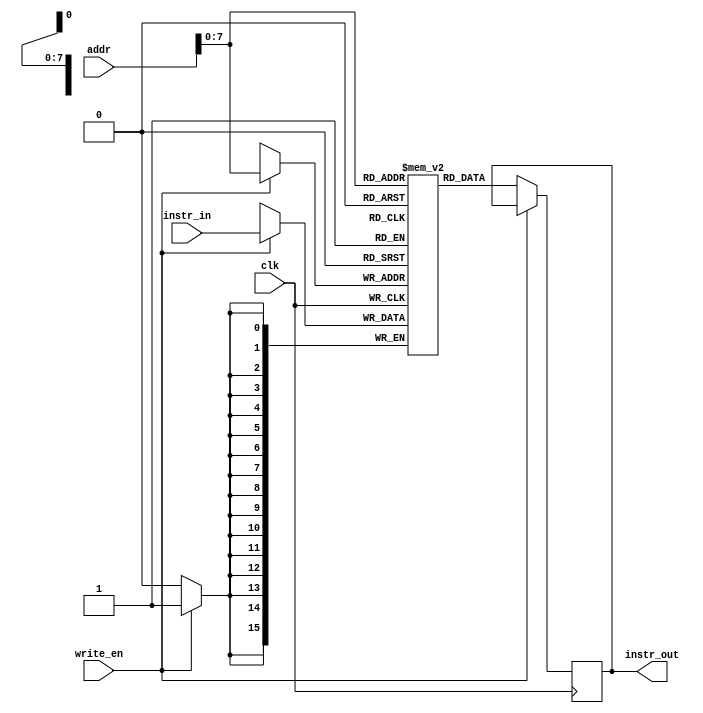
module instr_memory(
    input             clk, write_en,
    input      [15:0] addr, instr_in,
    output reg [15:0] instr_out
    );
    
    reg [15:0] ram [180:0];
    
    initial begin
	ram[0] = 8'd38;
	ram[1] = 16'd257;
	ram[2] = 8'd9;
	ram[3] = 8'd16;
	ram[4] = 8'd4;
	ram[5] = 8'd8;
	ram[6] = 8'd38;
	ram[7] = 8'd2;
	ram[8] = 8'd29;
	ram[9] = 8'd12;
	ram[10] = 8'd38;
	ram[11] = 8'd1;
	ram[12] = 8'd8;
	ram[13] = 8'd16;
	ram[14] = 8'd25;
	ram[15] = 8'd4;
	ram[16] = 8'd13;
	ram[17] = 8'd16;
	ram[18] = 8'd27;
	ram[19] = 8'd4;
	ram[20] = 8'd8;
	ram[21] = 8'd20;
	ram[22] = 8'd25;
	ram[23] = 8'd13;
	ram[24] = 8'd38;
	ram[25] = 16'd256;
	ram[26] = 8'd8;
	ram[27] = 8'd16;
	ram[28] = 8'd25;
	ram[29] = 8'd4;
	ram[30] = 8'd8;
	ram[31] = 8'd20;
	ram[32] = 8'd25;
	ram[33] = 8'd13;
	ram[34] = 8'd38;
	ram[35] = 16'd256;
	ram[36] = 8'd8;
	ram[37] = 8'd16;
	ram[38] = 8'd27;
	ram[39] = 8'd4;
	ram[40] = 8'd8;
	ram[41] = 8'd20;
	ram[42] = 8'd25;
	ram[43] = 8'd8;
	ram[44] = 8'd38;
	ram[45] = 8'd1;
	ram[46] = 8'd29;
	ram[47] = 8'd8;
	ram[48] = 8'd19;
	ram[49] = 8'd25;
	ram[50] = 8'd12;
	ram[51] = 8'd38;
	ram[52] = 16'd257;
	ram[53] = 8'd8;
	ram[54] = 8'd16;
	ram[55] = 8'd25;
	ram[56] = 8'd4;
	ram[57] = 8'd13;
	ram[58] = 8'd16;
	ram[59] = 8'd27;
	ram[60] = 8'd4;
	ram[61] = 8'd8;
	ram[62] = 8'd20;
	ram[63] = 8'd25;
	ram[64] = 8'd13;
	ram[65] = 8'd38;
	ram[66] = 8'd255;
	ram[67] = 8'd8;
	ram[68] = 8'd16;
	ram[69] = 8'd25;
	ram[70] = 8'd4;
	ram[71] = 8'd8;
	ram[72] = 8'd20;
	ram[73] = 8'd25;
	ram[74] = 8'd13;
	ram[75] = 8'd38;
	ram[76] = 8'd255;
	ram[77] = 8'd8;
	ram[78] = 8'd16;
	ram[79] = 8'd27;
	ram[80] = 8'd4;
	ram[81] = 8'd8;
	ram[82] = 8'd20;
	ram[83] = 8'd25;
	ram[84] = 8'd8;
	ram[85] = 8'd19;
	ram[86] = 8'd25;
	ram[87] = 8'd8;
	ram[88] = 8'd38;
	ram[89] = 8'd4;
	ram[90] = 8'd31;
	ram[91] = 8'd12;
	ram[92] = 8'd38;
	ram[93] = 16'd257;
	ram[94] = 8'd8;
	ram[95] = 8'd16;
	ram[96] = 8'd27;
	ram[97] = 8'd14;
	ram[98] = 8'd19;
	ram[99] = 8'd22;
	ram[100] = 8'd38;
	ram[101] = 16'd65278;
	ram[102] = 8'd8;
	ram[103] = 8'd16;
	ram[104] = 8'd27;
	ram[105] = 8'd41;
	ram[106] = 8'd127;
//	ram[106] = 8'd126;
	ram[107] = 8'd38;
	ram[108] = 8'd253;
	ram[109] = 8'd8;
	ram[110] = 8'd17;
	ram[111] = 8'd27;
	ram[112] = 8'd41;
	ram[113] = 8'd118;
	ram[114] = 8'd35;
	ram[115] = 8'd36;
	ram[116] = 8'd49;
	ram[117] = 8'd3;
	ram[118] = 8'd35;
	ram[119] = 8'd35;
	ram[120] = 8'd35;
	ram[121] = 8'd38;
	ram[122] = 8'd0;
	ram[123] = 8'd10;
	ram[124] = 8'd49;
	ram[125] = 8'd3;
	ram[126] = 8'd51;
	ram[127] = 8'd38;
	ram[128] = 8'd0;
	ram[129] = 8'd9;
	ram[130] = 8'd10;
	ram[131] = 8'd11;
	ram[132] = 8'd16;
	ram[133] = 8'd4;
	ram[134] = 8'd12;
	ram[135] = 8'd18;
	ram[136] = 8'd14;
	ram[137] = 8'd19;
	ram[138] = 8'd22;
	ram[139] = 8'd16;
	ram[140] = 8'd8;
	ram[141] = 8'd38;
	ram[142] = 16'd65278;
	ram[143] = 8'd27;
	ram[144] = 8'd41;
	ram[145] = 8'd172;
	ram[146] = 8'd17;
	ram[147] = 8'd8;
	ram[148] = 8'd38;
	ram[149] = 8'd254;
	ram[150] = 8'd27;
	ram[151] = 8'd41;
	ram[152] = 8'd160;
	ram[153] = 8'd36;
	ram[154] = 8'd36;
	ram[155] = 8'd35;
	ram[156] = 8'd35;
	ram[157] = 8'd37;
	ram[158] = 8'd49;
	ram[159] = 8'd132;
	ram[160] = 8'd38;
	ram[161] = 8'd0;
	ram[162] = 8'd10;
	ram[163] = 8'd38;
	ram[164] = 16'd258;
	ram[165] = 8'd8;
	ram[166] = 8'd16;
	ram[167] = 8'd25;
	ram[168] = 8'd9;
	ram[169] = 8'd37;
	ram[170] = 8'd49;
	ram[171] = 8'd132;
	ram[172] = 8'd51;
    end

    always @(posedge clk) begin
        if (write_en == 1)
            ram[addr] <= instr_in;
        else
            instr_out <= ram[addr];
        end
endmodule